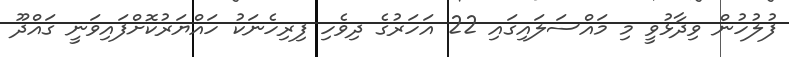
ފުލުހުން ވިދާޅުވީ މި މައްސަލައިގައި 22 އަހަރުގެ ދިވެހި ފިރިހެނަކު ހައްޔަރުކޮށްފައިވަނީ ގައްދޫ